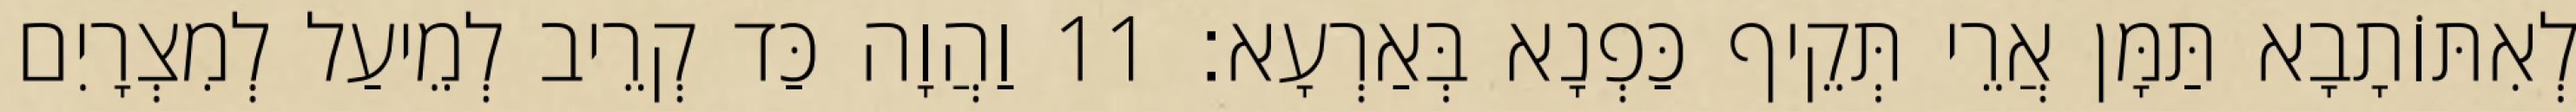
לְאִתּוֹתָבָא תַּמָּן אֲרֵי תְּקֵיף כַּפְנָא בְּאַרְעָא׃ 11 וַהֲוָה כַּד קְרֵיב לְמֵיעַל לְמִצְרָיִם